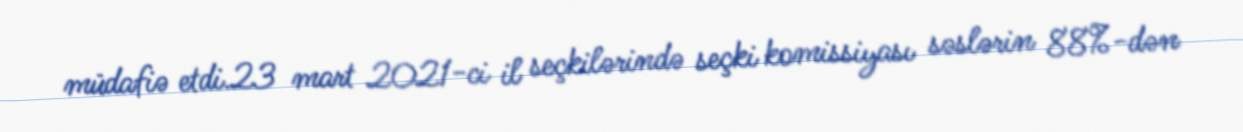
müdafiə etdi.23 mart 2021-ci il seçkilərində seçki komissiyası səslərin 88%-dən